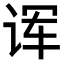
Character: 诨